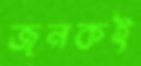
জনকই